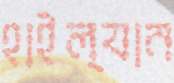
হাইল্যান